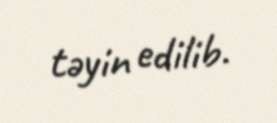
təyin edilib.